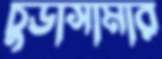
চুডাসামার